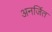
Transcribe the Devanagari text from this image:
अनर्जित